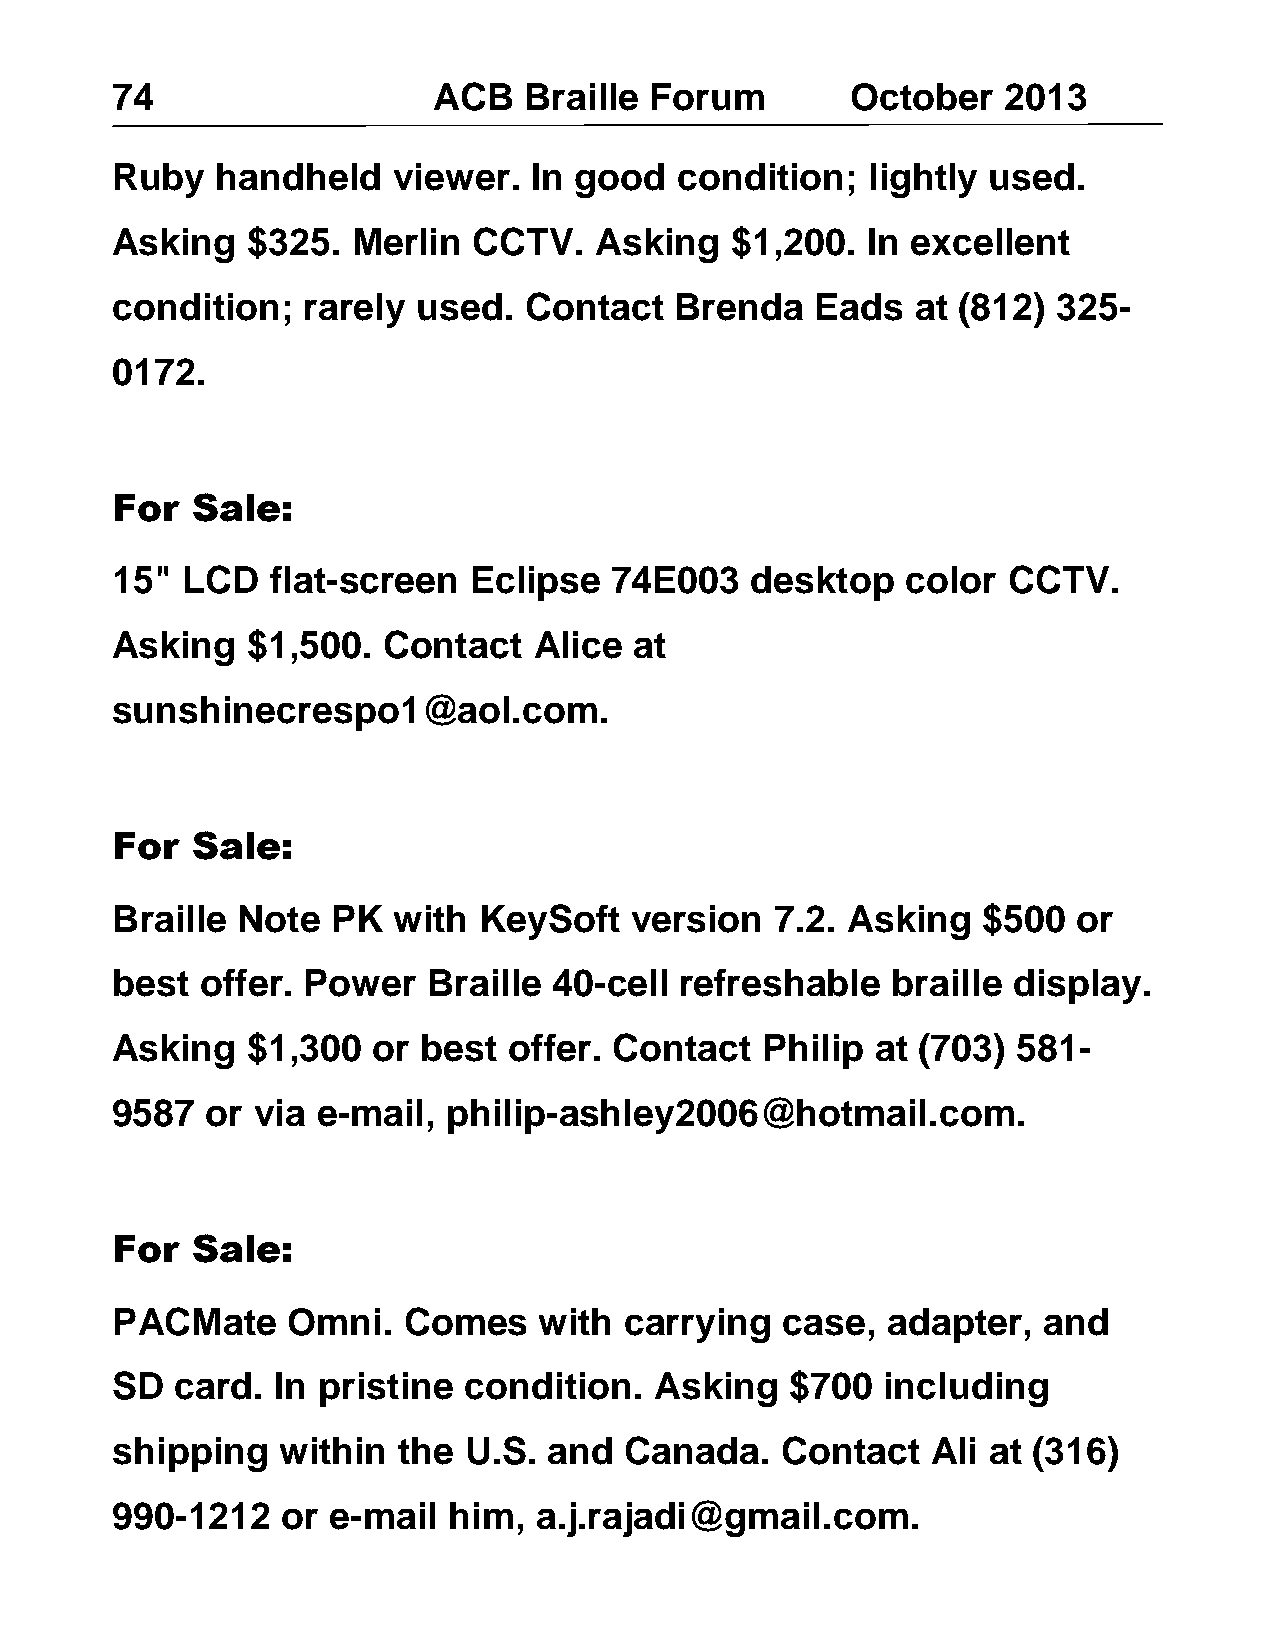
74                    ACB   Braille Forum        October   2013
 Ruby   handheld    viewer.  In good   condition;  lightly used.
 Asking   $325.  Merlin  CCTV.   Asking   $1,200.  In excellent
 condition;   rarely  used.  Contact   Brenda   Eads   at (812) 325-
 0172.
 For   Sale:
 15"  LCD   flat-screen  Eclipse  74E003    desktop   color  CCTV.
 Asking   $1,500.  Contact   Alice  at
 sunshinecrespo1@aol.com.
 For   Sale:
 Braille  Note  PK  with  KeySoft   version  7.2. Asking   $500  or
 best  offer. Power   Braille  40-cell refreshable   braille display.
 Asking   $1,300   or best  offer. Contact  Philip  at (703) 581-
 9587   or via e-mail,  philip-ashley2006@hotmail.com.
 For   Sale:
 PACMate     Omni.   Comes    with carrying   case,  adapter,  and
 SD   card. In pristine  condition.  Asking   $700  including
 shipping   within  the  U.S. and  Canada.    Contact   Ali at (316)
 990-1212    or e-mail  him, a.j.rajadi@gmail.com.